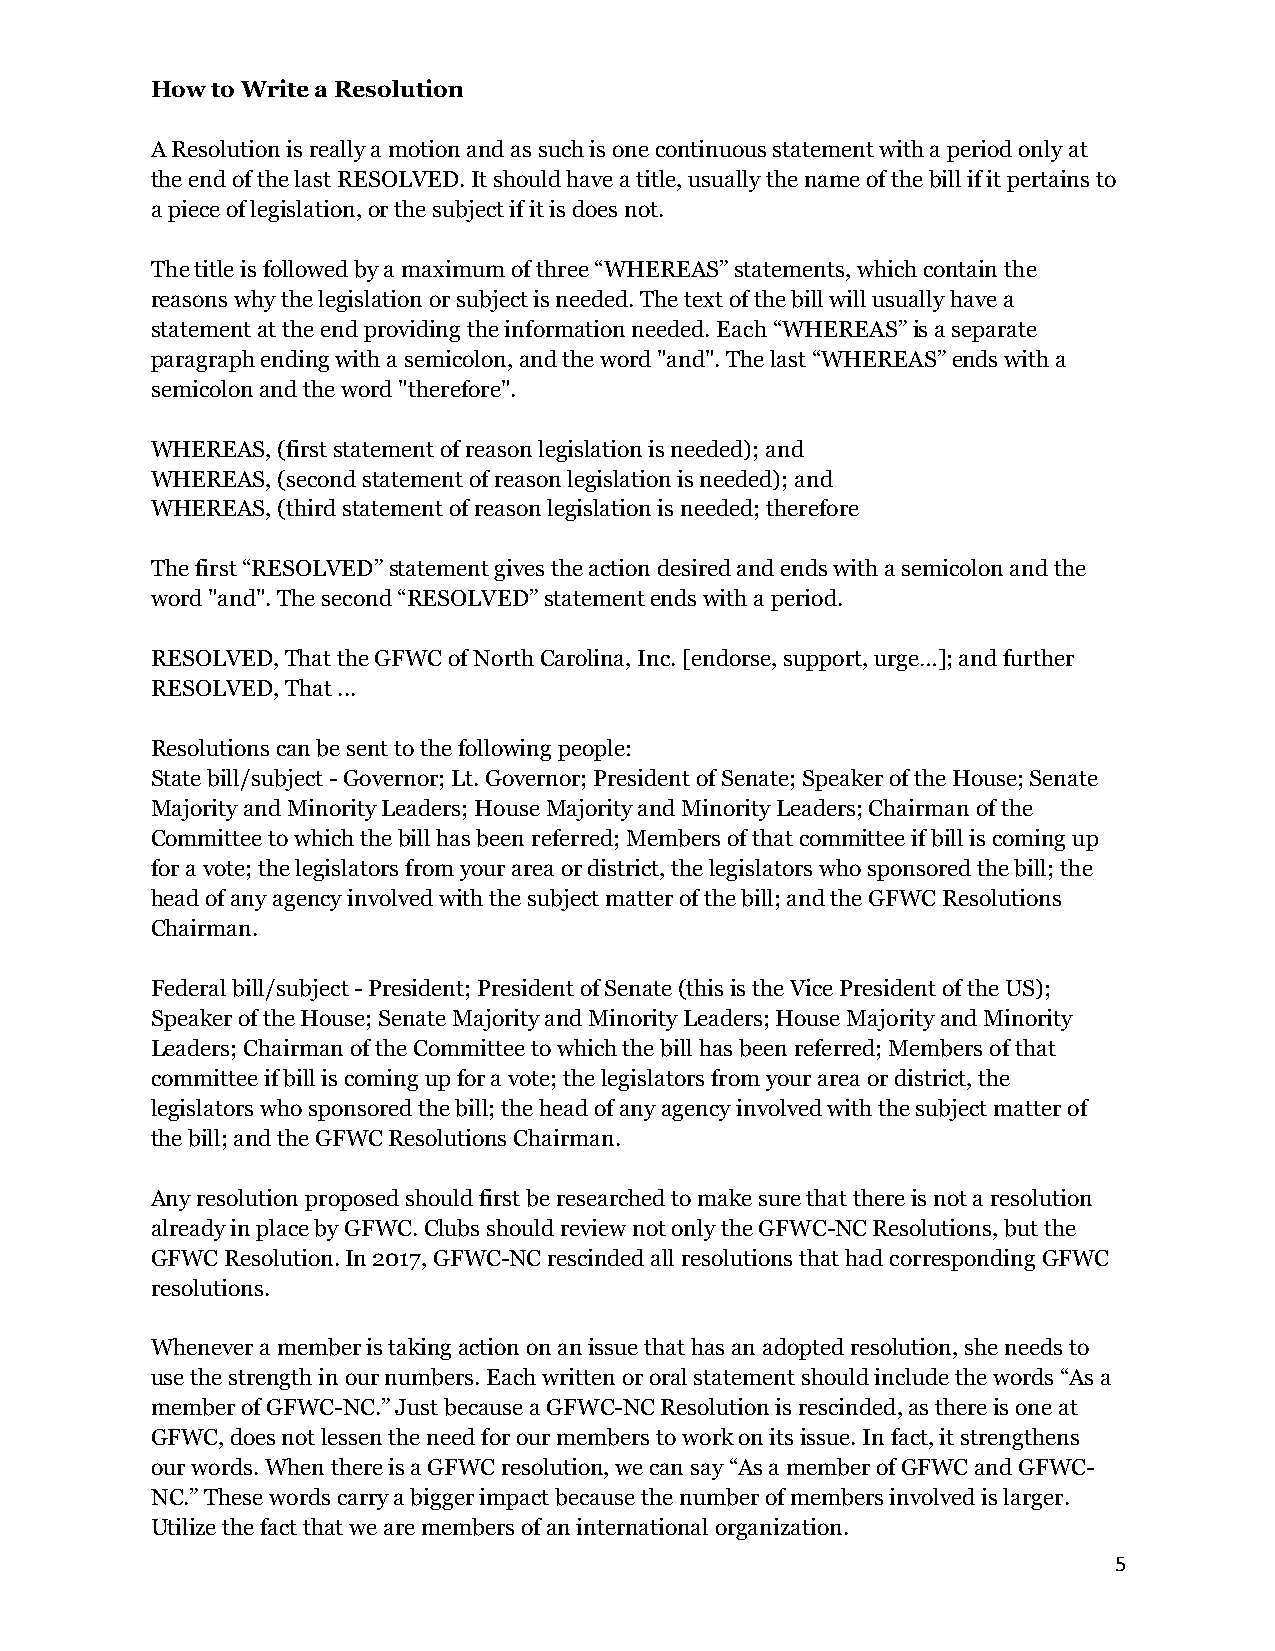
How to Write a Resolution
 A Resolution is really a motion and as such is one continuous statement with a period only at
 the end of the last RESOLVED. It should have a title, usually the name of the bill if it pertains to
 a piece of legislation, or the subject if it is does not.
 The title is followed by a maximum of three “WHEREAS” statements, which contain the
 reasons why the legislation or subject is needed. The text of the bill will usually have a
 statement at the end providing the information needed. Each “WHEREAS” is a separate
 paragraph ending with a semicolon, and the word "and". The last “WHEREAS” ends with a
 semicolon and the word "therefore".
 WHEREAS, (first statement of reason legislation is needed); and
 WHEREAS, (second statement of reason legislation is needed); and
 WHEREAS, (third statement of reason legislation is needed; therefore
 The first “RESOLVED” statement gives the action desired and ends with a semicolon and the
 word "and". The second “RESOLVED” statement ends with a period.
 RESOLVED, That the GFWC of North Carolina, Inc. [endorse, support, urge…]; and further
 RESOLVED, That ...
 Resolutions can be sent to the following people:
 State bill/subject - Governor; Lt. Governor; President of Senate; Speaker of the House; Senate
 Majority and Minority Leaders; House Majority and Minority Leaders; Chairman of the
 Committee to which the bill has been referred; Members of that committee if bill is coming up
 for a vote; the legislators from your area or district, the legislators who sponsored the bill; the
 head of any agency involved with the subject matter of the bill; and the GFWC Resolutions
 Chairman.
 Federal bill/subject - President; President of Senate (this is the Vice President of the US);
 Speaker of the House; Senate Majority and Minority Leaders; House Majority and Minority
 Leaders; Chairman of the Committee to which the bill has been referred; Members of that
 committee if bill is coming up for a vote; the legislators from your area or district, the
 legislators who sponsored the bill; the head of any agency involved with the subject matter of
 the bill; and the GFWC Resolutions Chairman.
 Any resolution proposed should first be researched to make sure that there is not a resolution
 already in place by GFWC. Clubs should review not only the GFWC-NC Resolutions, but the
 GFWC Resolution. In 2017, GFWC-NC rescinded all resolutions that had corresponding GFWC
 resolutions.
 Whenever a member is taking action on an issue that has an adopted resolution, she needs to
 use the strength in our numbers. Each written or oral statement should include the words “As a
 member of GFWC-NC.” Just because a GFWC-NC Resolution is rescinded, as there is one at
 GFWC, does not lessen the need for our members to work on its issue. In fact, it strengthens
 our words. When there is a GFWC resolution, we can say “As a member of GFWC and GFWC-
 NC.” These words carry a bigger impact because the number of members involved is larger.
 Utilize the fact that we are members of an international organization.
 5